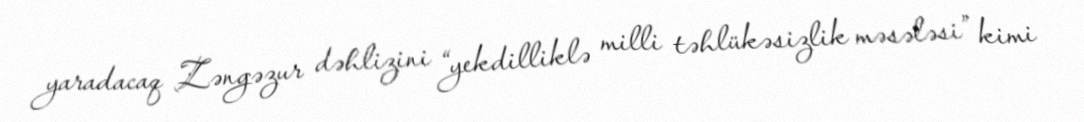
yaradacaq Zəngəzur dəhlizini “yekdilliklə milli təhlükəsizlik məsələsi” kimi